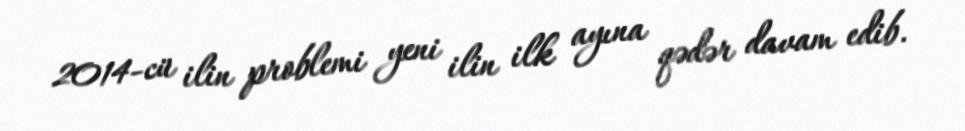
2014-cü ilin problemi yeni ilin ilk ayına qədər davam edib.